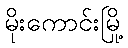
မိုးကောင်းမြို့